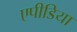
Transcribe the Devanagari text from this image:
एपीडिया